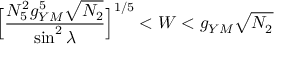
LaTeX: \Big [ \frac { N _ { 5 } ^ { 2 } g _ { Y M } ^ { 5 } \sqrt { N _ { 2 } } } { \sin ^ { 2 } \lambda } \Big ] ^ { 1 / 5 } < W < g _ { Y M } \sqrt { N _ { 2 } }